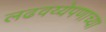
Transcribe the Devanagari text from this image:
लढवय्येपणाच्या